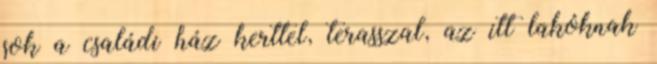
sok a családi ház kerttel, terasszal, az itt lakóknak